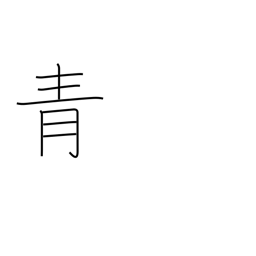
Meaning: blue